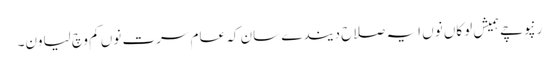
رنپوچے ہمیش لوکاں نوں ایہ صلاح دیندے سان کہ عام سرت نوں کم وچ لیاون۔